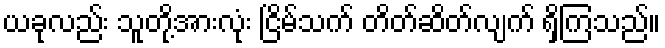
ယခုလည်း သူတို့အားလုံး ငြိမ်သက် တိတ်ဆိတ်လျက် ရှိကြသည်။